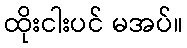
ထိုးငါးပင် မအပ်။